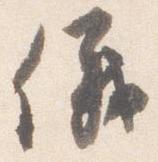
儀